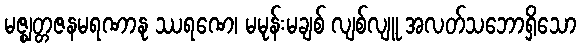
မဇ္ဈတ္တဇနမရဏာနု ဿရဏေ၊ မမုန်းမချစ် လျစ်လျူ အလတ်သဘောရှိသော